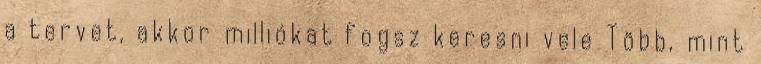
a tervet, akkor milliókat fogsz keresni vele Több, mint